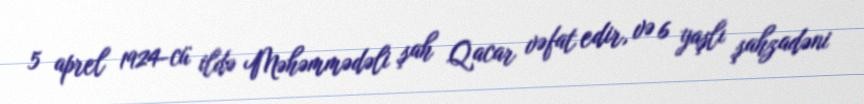
5 aprel 1924-cü ildə Məhəmmədəli şah Qacar vəfat edir, və 6 yaşlı şahzadəni